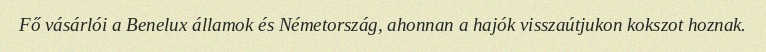
Fő vásárlói a Benelux államok és Németország, ahonnan a hajók visszaútjukon kokszot hoznak.